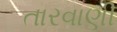
તારવાણી